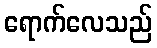
ရောက်လေသည်